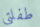
طفلتي